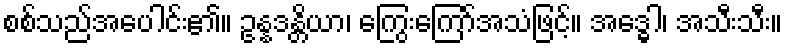
စစ်သည်အပေါင်း၏။ ဥန္နဒန္တိယာ၊ ကြွေးကြော်အသံဖြင့်။ အဒ္ဓေါ၊ အသီးသီး။